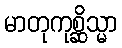
မာတုကုစ္ဆိသ္မာ